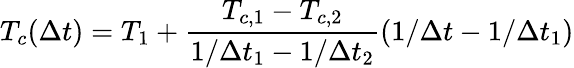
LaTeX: T_{c}(\Delta t)=T_{1}+\frac{T_{c,1}-T_{c,2}}{1/\Delta t_{1}-1/\Delta t_{2}}(1/\Delta t-1/\Delta t_{1})